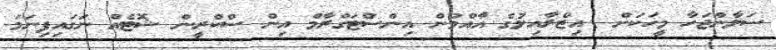
ސަލާންޖަހާ މީހަކަށް  އިޒްރާއިލުގެ އާއްމުން އިންސްޓަގްރާމް އިން ސްކްރީން ޝޮޓެއް ނަގައިފިނަމަ